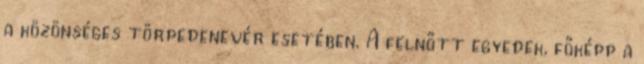
a közönséges törpedenevér esetében. A felnőtt egyedek, főképp a